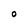
Character: O